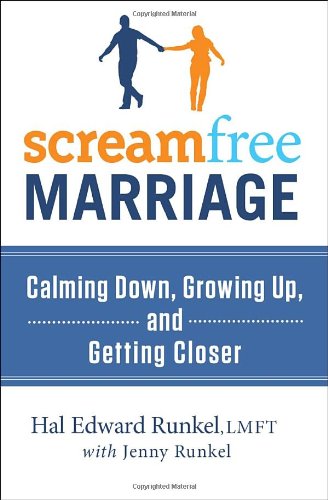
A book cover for ScreamFree Marriage: Calming Down, Growing Up, and Getting Closer; Hal Edward Runkel; Parenting & Relationships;